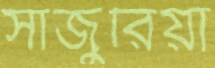
সাজুরিয়া